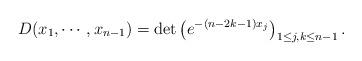
LaTeX: \begin{align*}D(x_1,\cdots,x_{n-1})=\det\left(e^{-(n-2k-1)x_j}\right)_{1\le j,k\le n-1}.\end{align*}